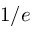
1 / e